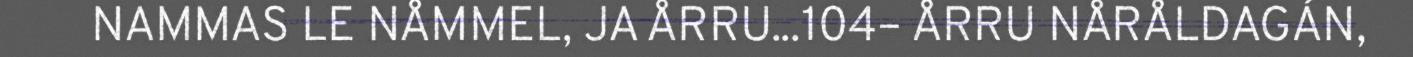
NAMMAS LE NÅMMEL, JA ÅRRU...104– ÅRRU NÅRÅLDAGÁN,